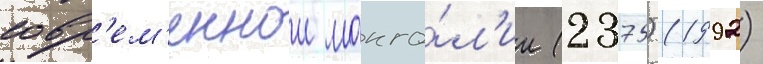
совр'ем'еннои монго́л'ии (2375) (1992)